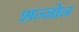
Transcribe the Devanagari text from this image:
शन्नोन